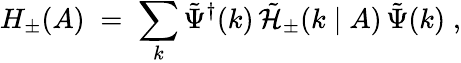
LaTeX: H_{\pm}(A)\; =\; \sum_{k}{\tilde{\Psi}}^{\dagger}(k)\, {\tilde{\cal H}}_{\pm}(k\mid A)\, {\tilde{\Psi}}(k)\; ,